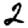
Digit: 2